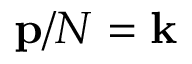
{ \mathbf { p } } / N = { \mathbf { k } }